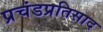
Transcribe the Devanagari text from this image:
प्रचंडप्रतिसाद